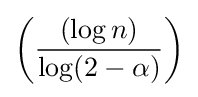
\left({\dfrac {(\log {n})}{\log(2-\alpha )}}\right)